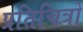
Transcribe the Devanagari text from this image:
प्रतिचित्रों